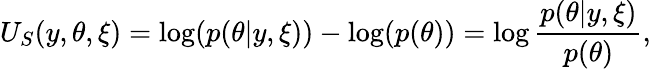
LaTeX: U_{S}(y,\theta,\xi)=\log(p(\theta|y,\xi))-\log(p(\theta))=\log\frac{p(\theta|y,\xi)}{p(\theta)},